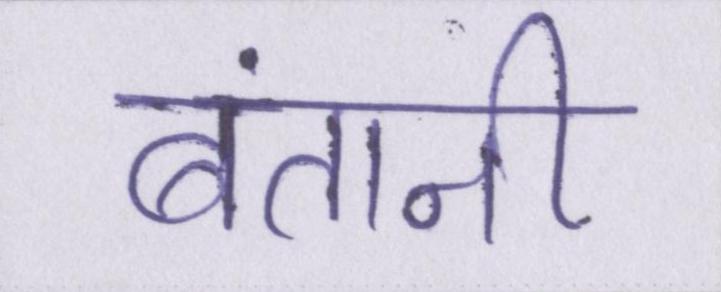
बंतानी